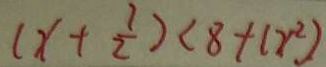
( x + \frac { 1 } { 2 } ) < 8 + C X ^ { 2 } )